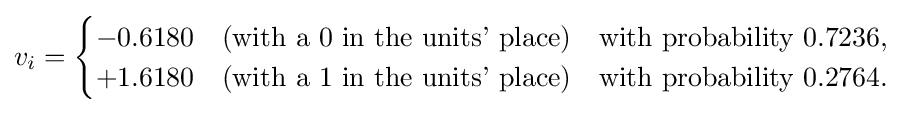
v_{i}={\begin{cases}-0.6180\quad {\text{(with a 0 in the units' place)}}&{\text{with probability }}0.7236,\\+1.6180\quad {\text{(with a 1 in the units' place)}}&{\text{with probability }}0.2764.\end{cases}}